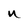
Character: U